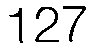
127